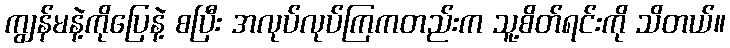
ကျွန်မနဲ့ကိုပြေနဲ့ စပြီး အလုပ်လုပ်ကြကတည်းက သူ့စိတ်ရင်းကို သိတယ်။